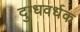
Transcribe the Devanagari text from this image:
दुग्धवर्धक